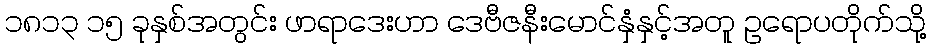
၁၈၁၃ ၁၅ ခုနှစ်အတွင်း ဖာရာဒေးဟာ ဒေဗီဇနီးမောင်နှံနှင့်အတူ ဥရောပတိုက်သို့